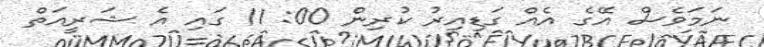
ނަމަވެސް އޭގެ އެއް ގަޑިއިރު ކުރިން 00: 11 ގައި އެ ޝަރީއަތް